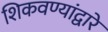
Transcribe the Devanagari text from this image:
शिकवण्यांद्वारे